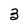
Character: 3